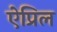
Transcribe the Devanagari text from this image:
ऐप्रिल